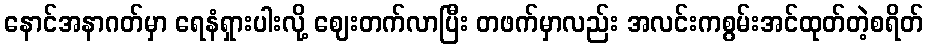
နောင်အနာဂတ်မှာ ရေနံရှားပါးလို့ ဈေးတက်လာပြီး တဖက်မှာလည်း အလင်းကစွမ်းအင်ထုတ်တဲ့စရိတ်